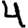
Digit: 4